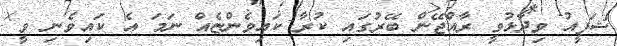
ޝަފީއު ވިދާޅުވީ ރާއްޖޭން ބޭރުގައި ކުރާ ކައިވެންޏެއް ނަމަ އެ ކައިވެނި ވީ